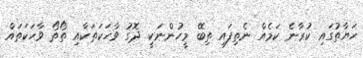
ޙަޔާތުގައި ކުރާނެ ކަމެއް ނެތިފައި ތިބޭ މީހުންނަކީ ދޮގު ވާހަކަތަކާއި ތޯތޯ ވާހަކަތައް